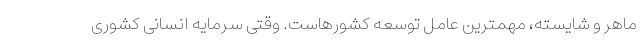
ماهر و شایسته، مهمترین عامل توسعه کشورهاست. وقتی سرمایه انسانی کشوری